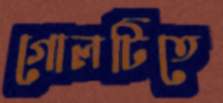
গোলটিতে